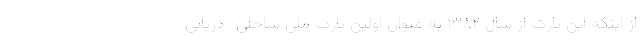
از اینکه این پارک از سال ۱۳۸۲ به عنوان اولین پارک ملی ساحلی- دریایی